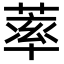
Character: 䔞